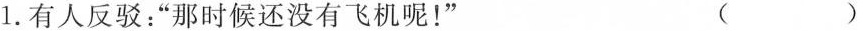
1.有人反驳：“那时候还没有飞机呢！” （）